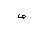
Letter: _sad